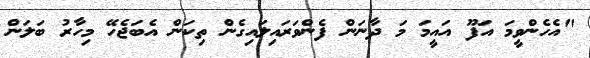
"އެހެންވީމަ އަފޫ އައީމަ މަ ދާނަން ފެންވަރައިލައިގެން ތިކަން އެބަޖެހޭ މިހާރު ބަލަން